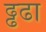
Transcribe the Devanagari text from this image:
ढ्ढढा